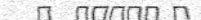
:        :